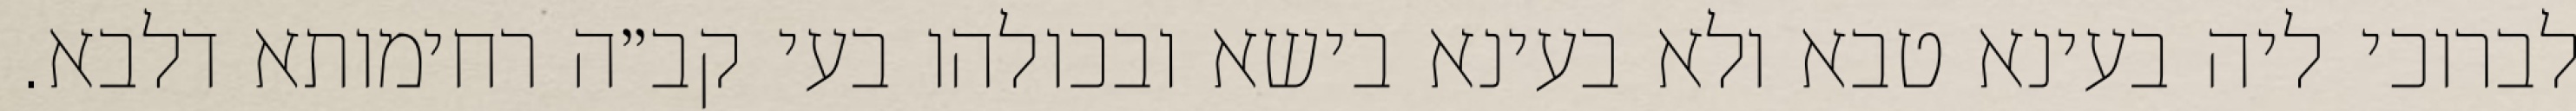
לברוכי ליה בעינא טבא ולא בעינא בישא ובכולהו בעי קב״ה רחימותא דלבא.